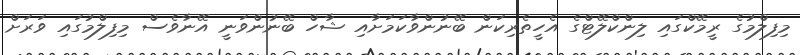
މިފިލްމުގެ ރީމޭކްގައި ލިންކްލޭޓްގެ އެހީތެރިކަން ބޭނުންވާކަމަށާއި ޝާހް ބޭނުންވަނީ އޭނާވެސް މިފިލްމުގައި ވަރަށް